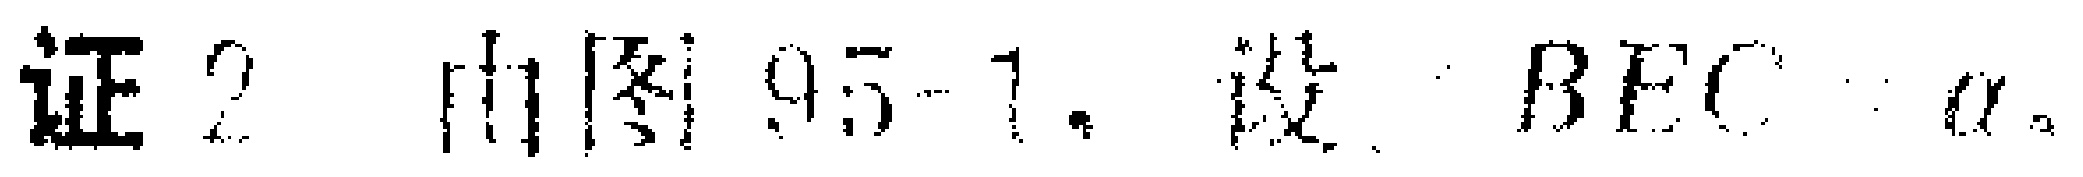
证 2 由图95-1，设\(\angle BEC = \alpha\)。